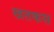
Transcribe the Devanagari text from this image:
खतकस